Cholera in southern India
Disease focus: Cholera
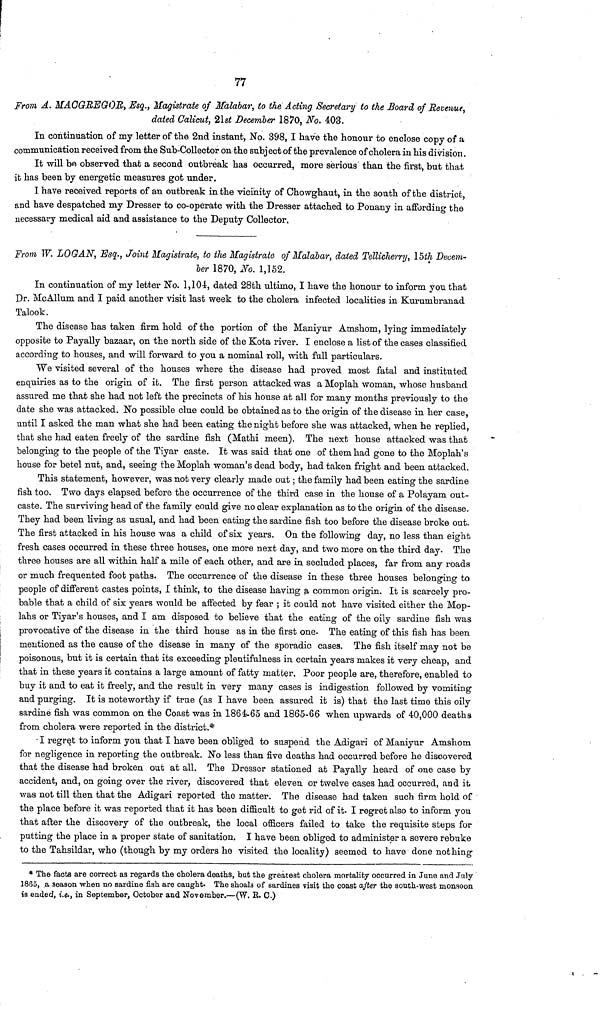
77
From A. MACGBEGOR, Esq., Magistrate of Malabar, to the Acting Secretary to the Board of Revenue,
dated Calicut, 21st December 1870, No. 403.
In continuation of my letter of the 2nd instant, No. 398, I have the honour to enclose copy of a
communication received from the Sub-Collector on the subject of the prevalence of cholera in his division.
It will be observed that a second outbreak has occurred, more serious than the first, but that
it has been by energetic measures got under.
I have received reports of an outbreak in the vicinity of Chowghaut, in the south of the district,
and have despatched my Dresser to co-operate with the Dresser attached to Ponany in affording the
necessary medical aid and assistance to the Deputy Collector.
From W. LOGAN, Esq., Joint Magistrate, to the Magistrate of Malabar, dated Tellicherry, 15th Decem-
ber 1870, No. 1,152.
In continuation of my letter No. 1, 104, dated 28th ultimo, I have the honour to inform you that
Dr. McAllum and I paid another visit last week to the cholera infected localities in Kurumbranad
Talook.
The disease has taken firm hold of the portion of the Maniyur Amshom, lying immediately
opposite to Payally bazaar, on the north side of the Kota river. I enclose a list of the cases classified
according to houses, and will forward to you a nominal roll, with full particulars.
We visited several of the houses where the disease had proved most fatal and instituted
enquiries as to the origin of it. The first person attacked was a Moplah woman, whose husband
assured me that she had not left the precincts of his house at all for many months previously to the
date she was attacked. No possible clue could be obtained as to the origin of the disease in her case,
until I asked the man what she had been eating the night before she was attacked, when he replied,
that she had eaten freely of the sardine fish (Mathi meen). The next house attacked was that
belonging to the people of the Tiyar caste. It was said that one of them had gone to the Moplah's
house for betel nut, and, seeing the Moplah woman's dead body, had taken fright and been attacked.
This statement, however, was not very clearly made out ; the family had been eating the sardine
fish too. Two days elapsed before the occurrence of the third case in the house of a Polayam out-
caste. The surviving head of the family could give no clear explanation as to the origin of the disease.
They had been living as usual, and had been eating the sardine fish too before the disease broke out.
The first attacked in his house was a child of six years. On the following day, no less than eight
fresh cases occurred in these three houses, one more next day, and two more on the third day. The
three houses are all within half a mile of each other, and are in secluded places, far from any roads
or much frequented foot paths. The occurrence of the disease in these three houses belonging to
people of different castes points, I think, to the disease having a common origin. It is scarcely pro-
bable that a child of six years would be affected by fear ; it could not have visited either the Mop-
lahs or Tiyar's houses, and I am disposed to believe that the eating of the oily sardine fish was
provocative of the disease in the third house as in the first one. The eating of this fish has been
mentioned as the cause of the disease in many of the sporadic cases. The fish itself may not be
poisonous, but it is certain that its exceeding plentifulness in certain years makes it very cheap, and
that in these years it contains a large amount of fatty matter. Poor people are, therefore, enabled to
buy it and to eat it freely, and the result in very many cases is indigestion followed by vomiting
and purging. It is noteworthy if true (as I have been assured it is) that the last time this oily
sardine fish was common on the Coast was in 1864-65 and 1865-66 when upwards of 40,000 deaths
from cholera were reported in the district.*
I regret to inform you that I have been obliged to suspend the Adigari of Maniyur Amshom
for negligence in reporting the outbreak. No less than five deaths had occurred before he discovered
that the disease had broken out at all. The Dresser stationed at Payally heard of one case by
accident, and, on going over the river, discovered that eleven or twelve cases had occurred, and it
was not till then that the Adigari reported the matter. The disease had taken such firm hold of
the place before it was reported that it has been difficult to get rid of it. I regret also to inform you
that after the discovery of the outbreak, the local officers failed to take the requisite steps for
putting the place in a proper state of sanitation. I have been obliged to administer a severe rebuke
to the Tahsildar, who (though by my orders he visited the locality) seemed to have done nothing
* The facts are correct as regards the cholera deaths, but the greatest cholera mortality occurred in June and July
1865, a season when no sardine fish are caught. The shoal3 of sardines visit the coast after the south-west monsoon
is ended, i.e., in September, October and November.—(W. R. C.)